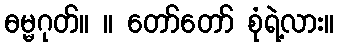
ဓမ္မဂုတ်။ ။ တော်တော် စုံရဲ့လား။